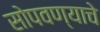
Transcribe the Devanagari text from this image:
सोपवण्याचे